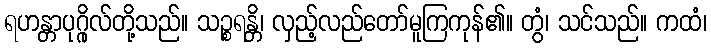
ရဟန္တာပုဂ္ဂိုလ်တို့သည်။ သဉ္စရန္တိ၊ လှည့်လည်တော်မူကြကုန်၏။ တွံ၊ သင်သည်။ ကထံ၊